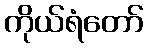
ကိုယ်ရံတော်